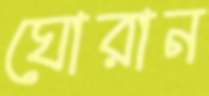
ঘোরান